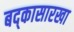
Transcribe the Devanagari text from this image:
बद्कासारखा